65_HS1-834228961_62-HQ-83894_Section_4
Agency: FBI
Page 153
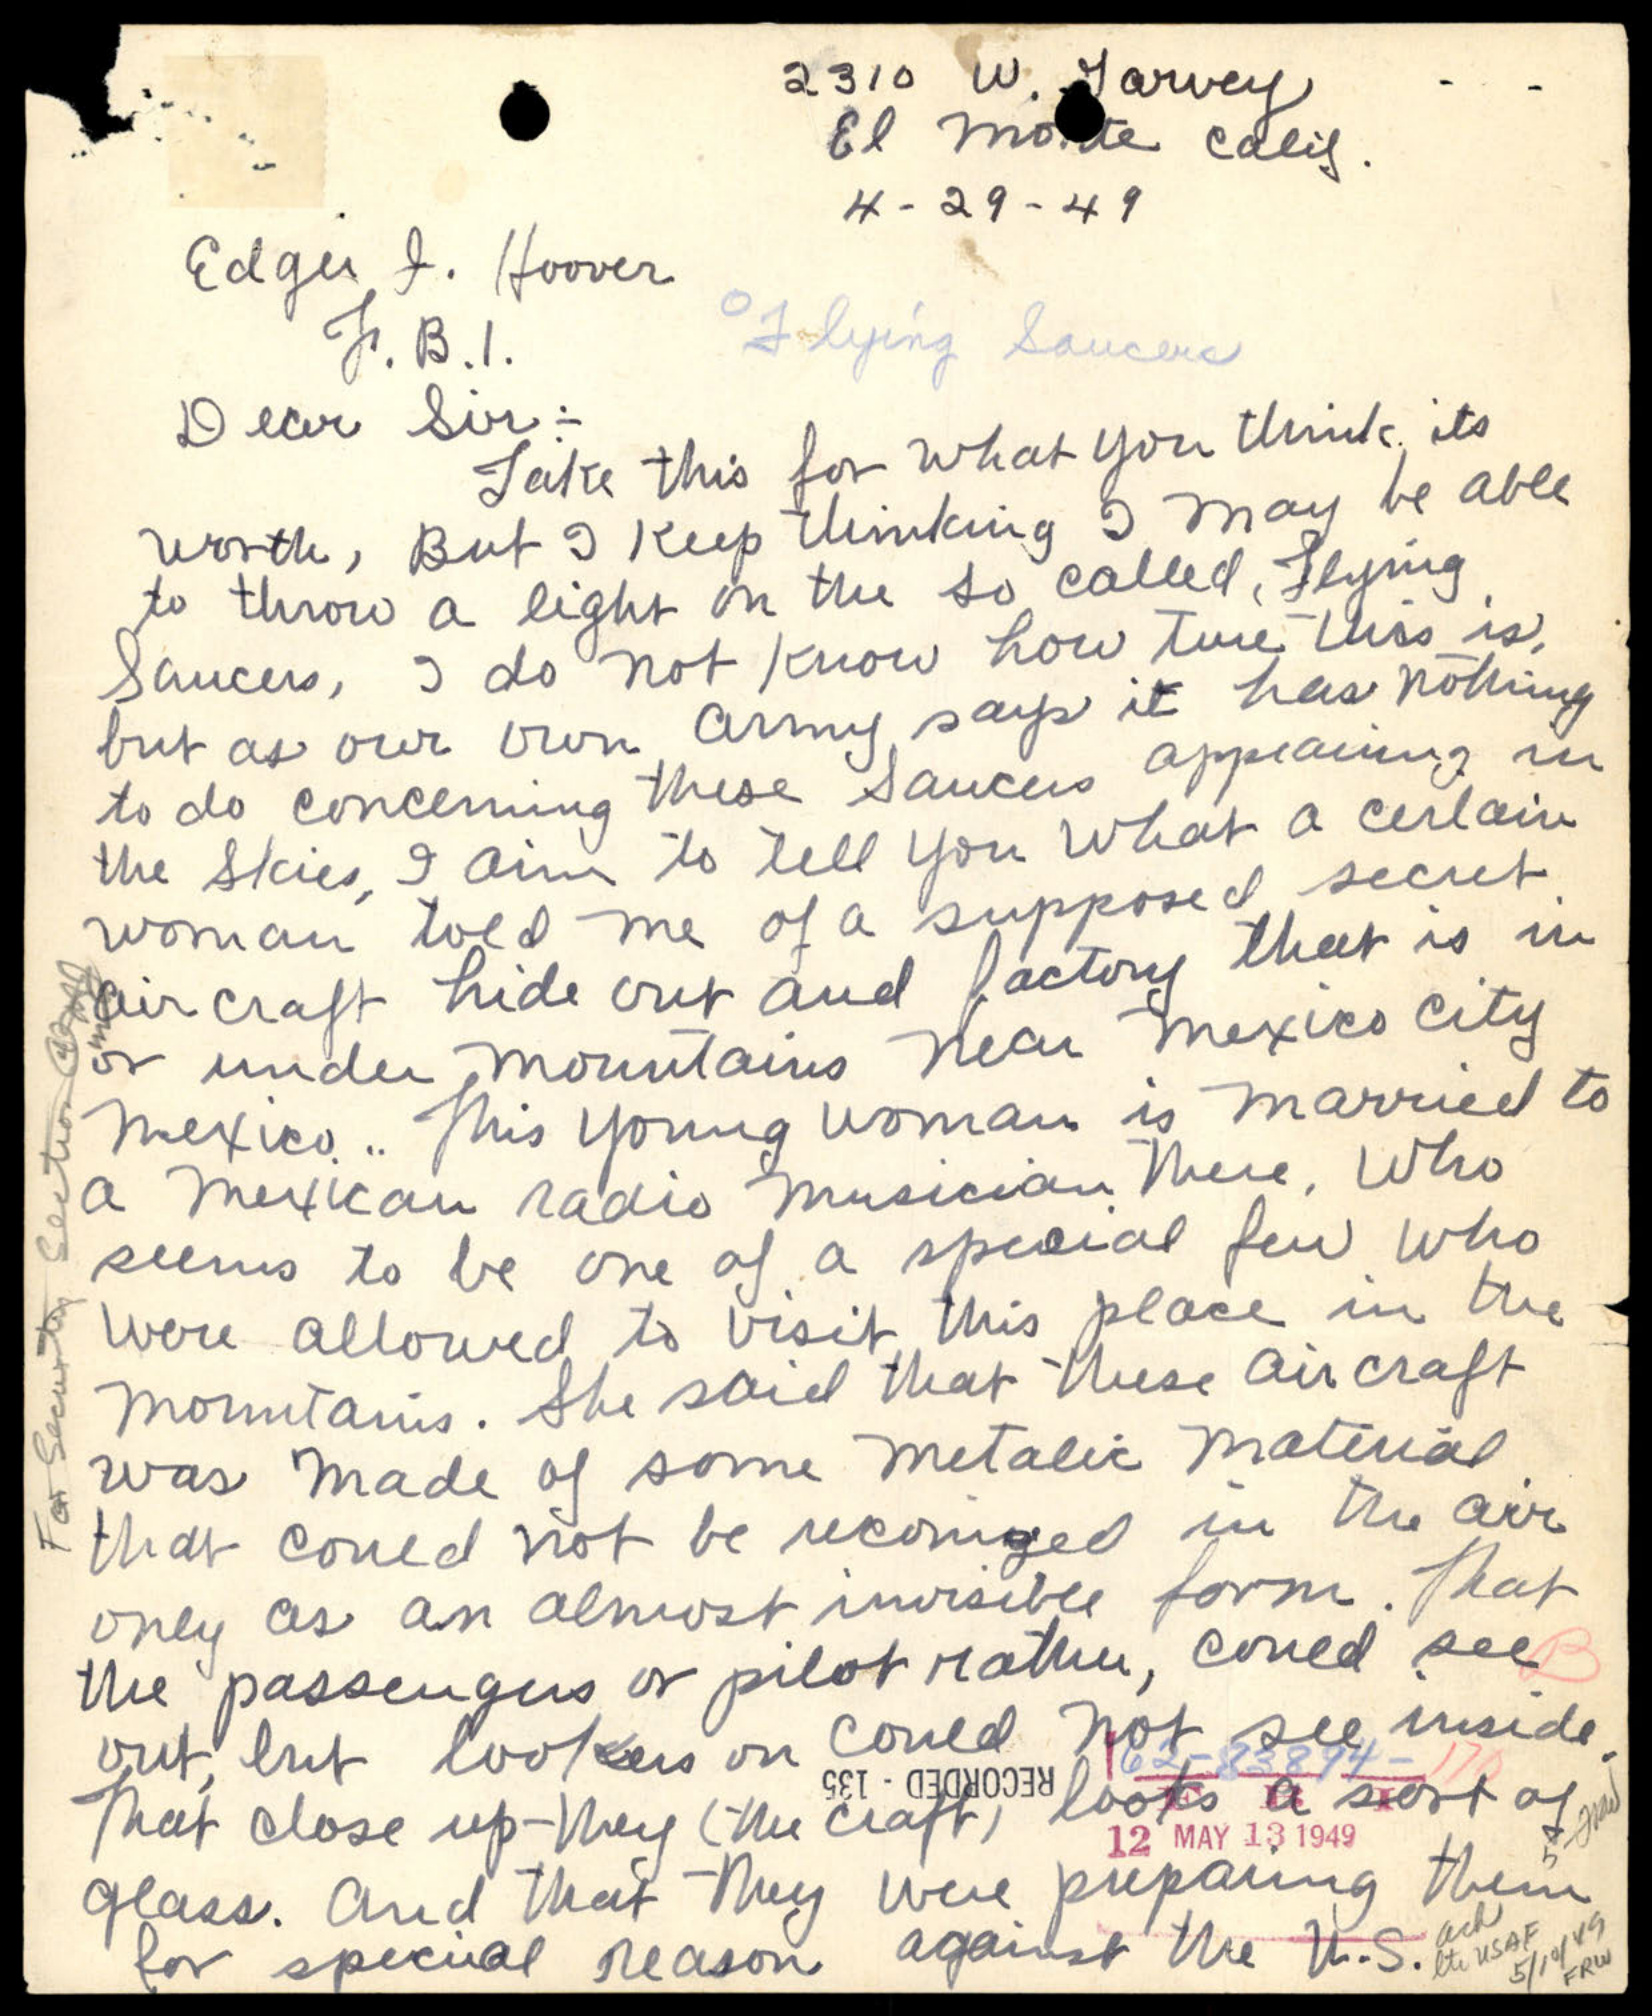